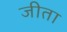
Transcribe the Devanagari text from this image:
जीता